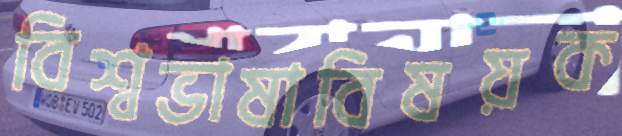
বিশ্বভাষাবিষয়ক